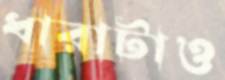
ধারাটাও